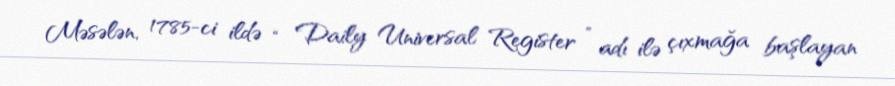
Məsələn, 1785-ci ildə “ Daily Universal Register ” adı ilə çıxmağa başlayan